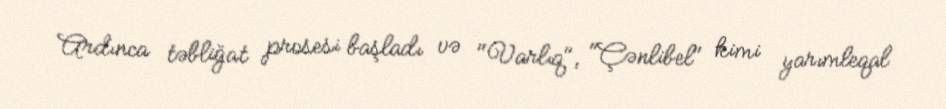
Ardınca təbliğat prosesi başladı və "Varlıq", "Çənlibel" kimi yarımleqal